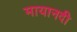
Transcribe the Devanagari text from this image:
मायानदी